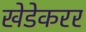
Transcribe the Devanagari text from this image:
खेडेकरर